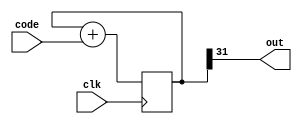
module dds_bin
#(parameter WIDTH = 32, OUT_WIDTH = 1)
(
    input wire clk,
    input wire [WIDTH - 1:0] code,
    output [OUT_WIDTH - 1:0] out
);
    reg [WIDTH - 1:0] counter = 0;

    assign out = counter[WIDTH - 1: WIDTH - OUT_WIDTH];
    
    always @(posedge clk) begin
        counter = counter + code;
    end
endmodule

module dds_tb;
    reg clk;
    wire out;
    wire [1:0] out2;

    dds_bin #(.WIDTH(16)) d(.clk(clk), .code(16'd10000), .out(out));
    dds_bin #(.WIDTH(16), .OUT_WIDTH(2)) d2(.clk(clk), .code(16'd10000), .out(out2));

    always #5 clk = ~clk;

    initial begin
        $monitor("time=%t out=%d out2=%d", $time, out, out2);
        clk = 0;
        #1000
        $finish;
    end
endmodule